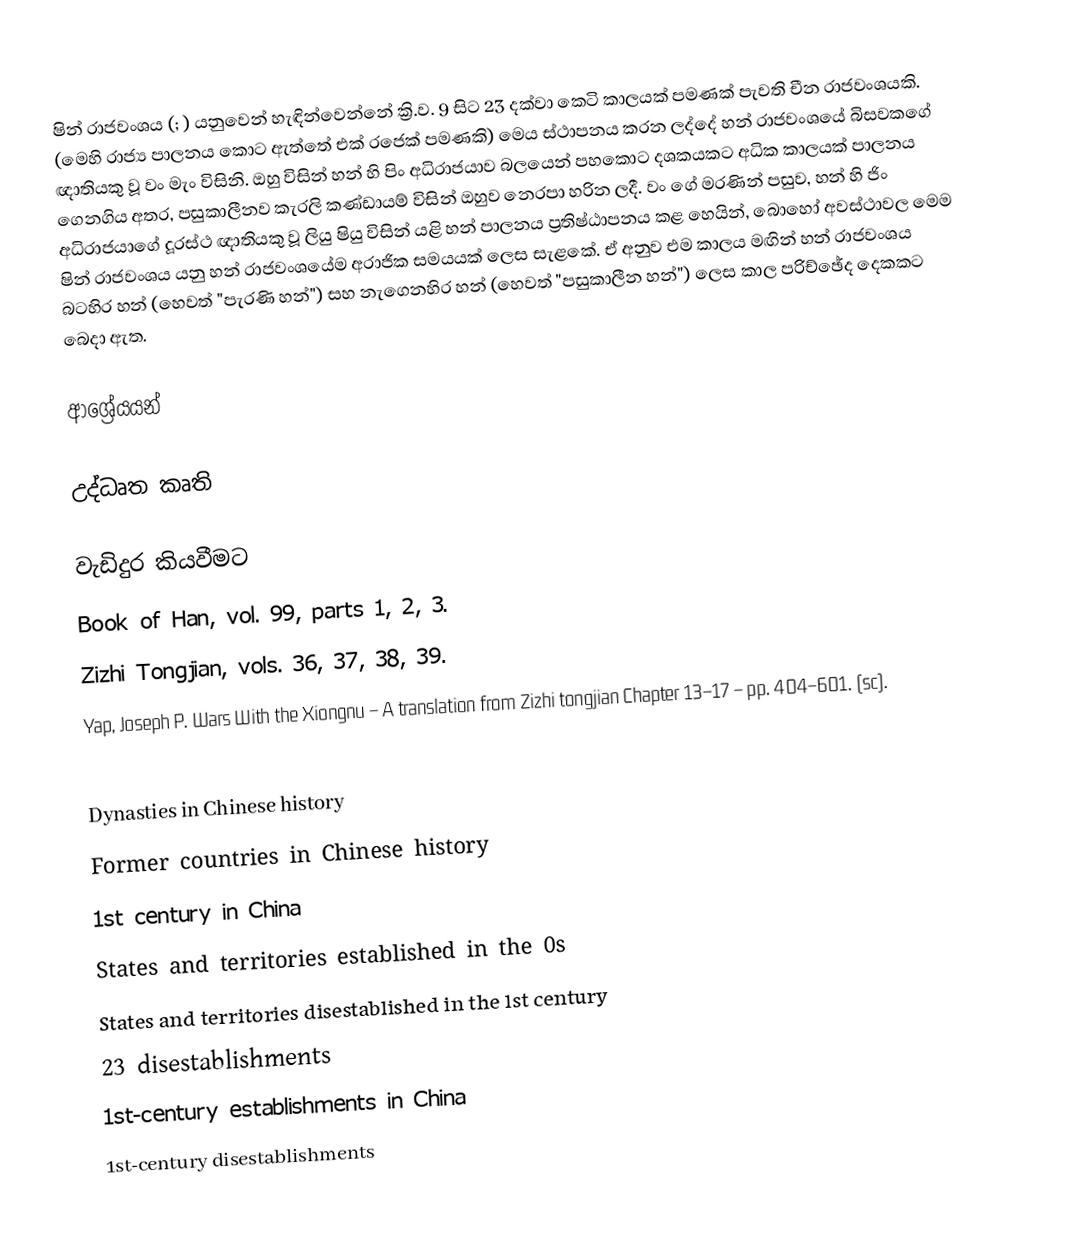
ෂින් රාජවංශය (; ) යනුවෙන් හැඳින්වෙන්නේ ක්‍රි.ව. 9 සිට 23 දක්වා කෙටි කාලයක් පමණක් පැවති චීන රාජවංශයකි. (මෙහි රාජ්‍ය පාලනය කොට ඇත්තේ එක් රජෙක් පමණකි) මෙය ස්ථාපනය කරන ලද්දේ හන් රාජවංශයේ බිසවකගේ ඥාතියකු වූ වං මැං විසිනි. ඔහු විසින් හන් හි පිං අධිරාජයාව බලයෙන් පහකොට දශකයකට අධික කාලයක් පාලනය ගෙනගිය අතර, පසුකාලීනව කැරලි කණ්ඩායම් විසින් ඔහුව නෙරපා හරින ලදී. වං ගේ මරණින් පසුව, හන් හි ජිං අධිරාජයාගේ දූරස්ථ ඥාතියකු වූ ලියු ෂියු විසින් යළි හන් පාලනය ප්‍රතිෂ්ඨාපනය කළ හෙයින්, බොහෝ අවස්ථාවල මෙම ෂින් රාජවංශය යනු හන් රාජවංශයේම අරාජික සමයයක් ලෙස සැළකේ. ඒ අනුව එම කාලය මඟින් හන් රාජවංශය බටහිර හන් (හෙවත් "පැරණි හන්") සහ නැගෙනහිර හන් (හෙවත් "පසුකාලීන හන්") ලෙස කාල පරිච්ඡේද දෙකකට බෙදා ඇත.

ආශ්‍රේයයන්

උද්ධෘත කෘති

වැඩිදුර කියවීමට
 Book of Han, vol. 99, parts 1, 2, 3.
 Zizhi Tongjian, vols. 36, 37, 38, 39.
 Yap, Joseph P. Wars With the Xiongnu – A translation from Zizhi tongjian Chapter 13–17 – pp. 404–601. (sc).

Dynasties in Chinese history
Former countries in Chinese history
1st century in China
States and territories established in the 0s
States and territories disestablished in the 1st century
23 disestablishments
1st-century establishments in China
1st-century disestablishments